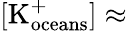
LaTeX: [\textrm{K}_{\textrm{oceans}}^{+}]\approx